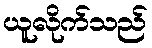
ယူလိုက်သည်